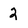
Character: 2